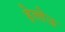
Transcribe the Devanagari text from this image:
हेल्लेऊ